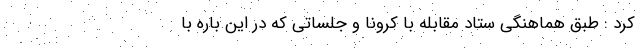
کرد : طبق هماهنگی ستاد مقابله با کرونا و جلساتی که در این باره با